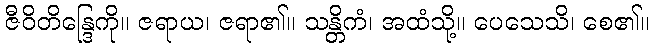
ဇီဝိတိန္ဒြေကို။ ဇရာယ၊ ဇရာ၏။ သန္တိကံ၊ အထံသို့။ ပေသေသိ၊ စေ၏။